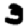
Digit: 3